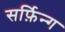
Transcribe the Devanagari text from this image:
सर्फ़िन्ग